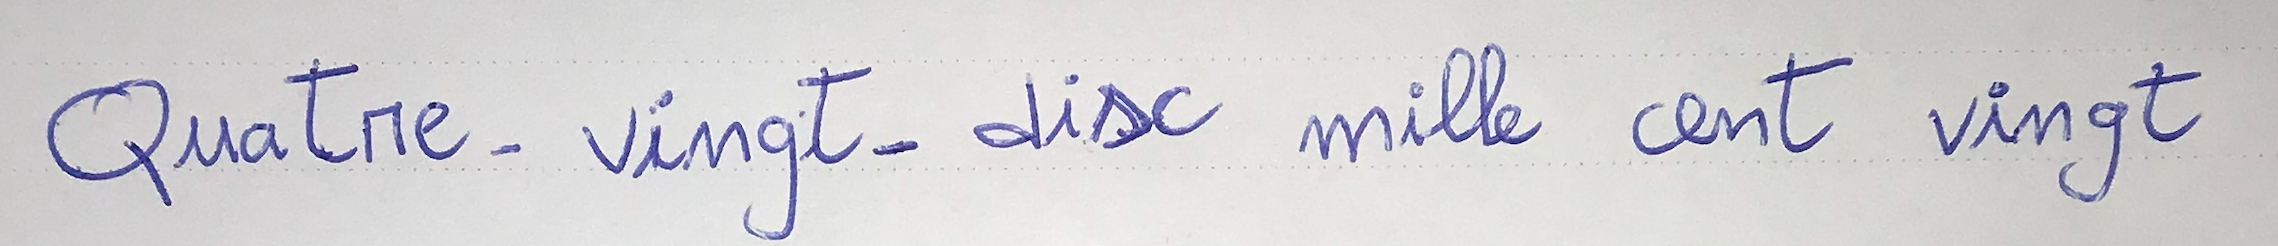
Quatre-vingt-dix mille cent vingt